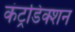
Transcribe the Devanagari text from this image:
कंट्रडिक्शन